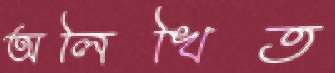
অলিখিত